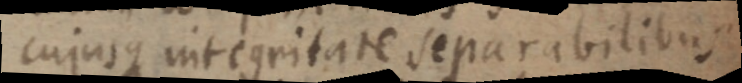
cujusque integritate separabilibus